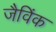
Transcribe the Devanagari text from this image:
जैविंक